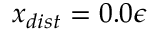
x _ { d i s t } = 0 . 0 \epsilon